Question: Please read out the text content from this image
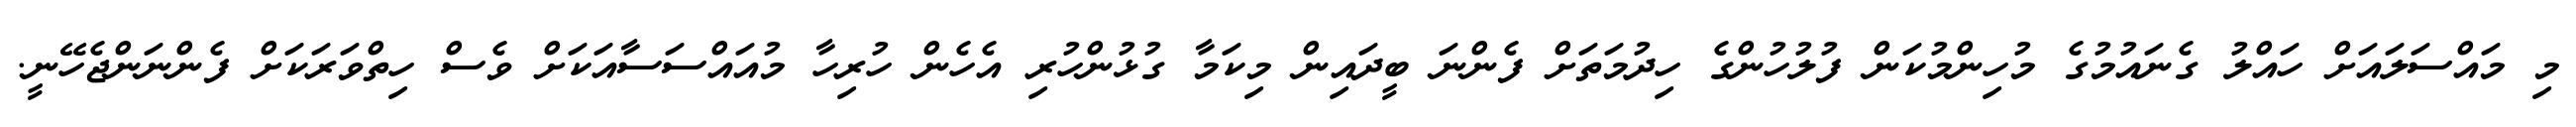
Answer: މި މައްސަލައަށް ހައްލު ގެނައުމުގެ މުހިންމުކަން ފުލުހުންގެ ހިދުމަތަށް ފެންނަ ބީދައިން މިކަމާ ގުޅުންހުރި އެހެން ހުރިހާ މުއައްސަސާއަކަށް ވެސް ހިތްވަރަކަށް ފެންނަންޖެހޭނީ.